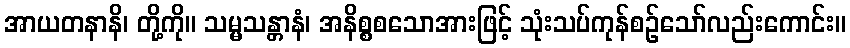
အာယတနာနိ၊ တို့ကို။ သမ္မသန္တာနံ၊ အနိစ္စစသောအားဖြင့် သုံးသပ်ကုန်စဉ်သော်လည်းကောင်း။